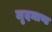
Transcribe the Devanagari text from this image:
मृदमाण्ड